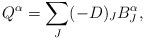
LaTeX: \begin{align*}Q^{\alpha}=\sum_J(-D)_JB^{\alpha}_J, \end{align*}